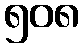
၅၀၈